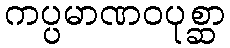
ကပ္ပမာဏဝပုစ္ဆာ